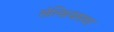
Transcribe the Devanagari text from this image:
सेल्शियसवर